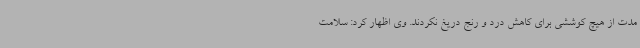
مدت از هیچ کوششی برای کاهش درد و رنج دریغ نکردند. وی اظهار کرد: سلامت